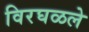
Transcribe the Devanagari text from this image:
विरघळले